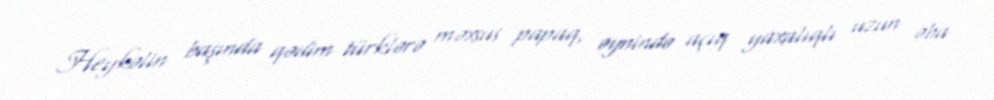
Heykəlin başında qədim türklərə məxsus papaq, əynində açıq yaxalıqlı uzun əba